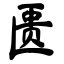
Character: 匮